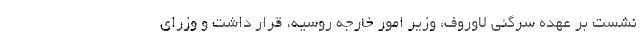
نشست بر عهده سرگئی لاوروف، وزیر امور خارجه روسیه، قرار داشت و وزرای